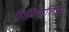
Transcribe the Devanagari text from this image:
मिनिमालिस्म